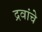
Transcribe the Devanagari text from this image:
द्रवांचे